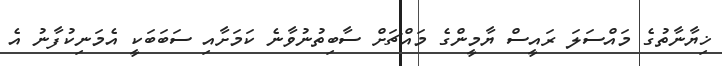
ޚިޔާނާތުގެ މައްސަލަ ރައީސް ޔާމީންގެ މައްޗަށް ސާބިތުނުވާނެ ކަމަށާއި ސަބަބަކީ އެމަނިކުފާނު އެ